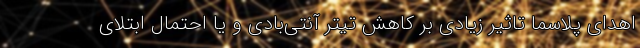
اهدای پلاسما تاثیر زیادی بر کاهش تیتر آنتی‌بادی و یا احتمال ابتلای